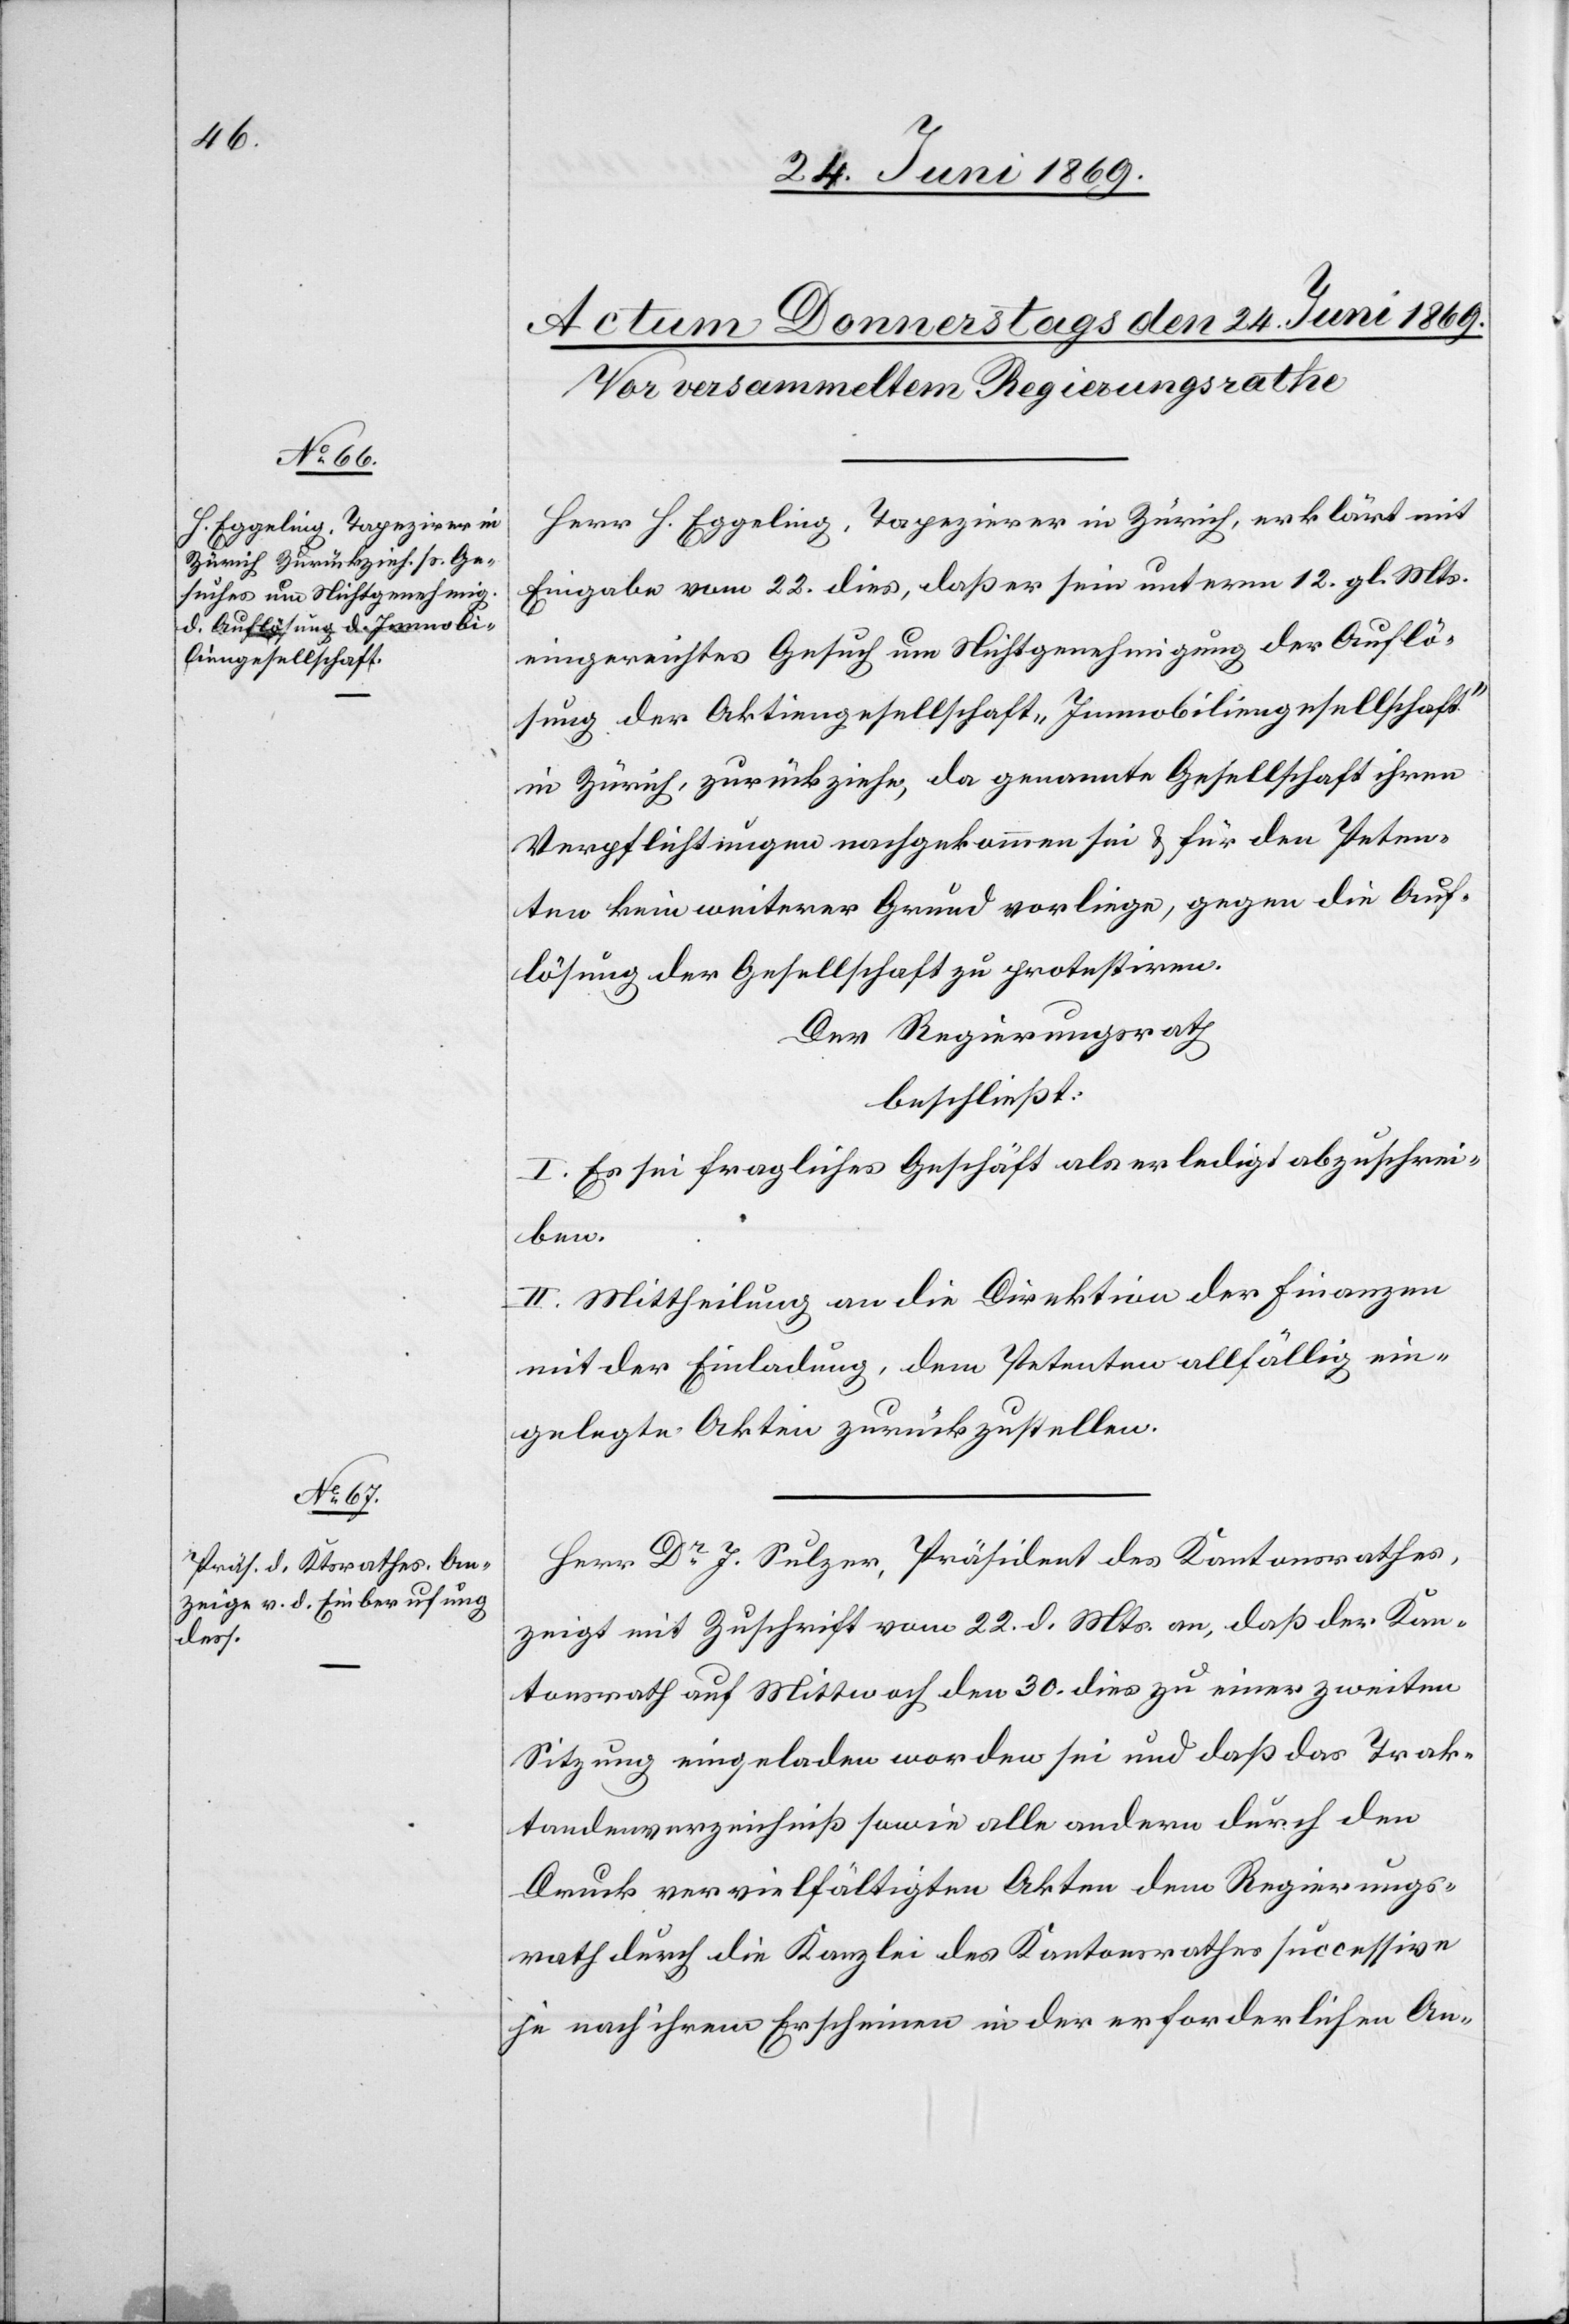
Herr. H. Eggeling, Tapezierer in Zürich, erklärt mit
Eingabe vom 22. dies, daß er sein unterm 12. gl. Mts.
eingereichtes Gesuch um Nichtgenehmigung der Auflö¬
sung der Aktiengesellschaft „Immobiliengesellschaft“
in Zürich, zurückziehe, da genannte Gesellschaft ihren
Verpflichtungen nachgekommen sei u. für den Peten¬
ten kein weiterer Grund vorliege, gegen die Auf¬
lösung der Gesellschaft zu protestiren.
Der Regierungsrath
beschließt:
I. Es sei fragliches Geschäft als erledigt abzuschrei¬
ben.
II. Mittheilung an die Direktion der Finanzen
mit der Einladung, dem Petenten allfällig ein¬
gelegte Akten zurückzustellen.
Herr Dr J. Sulzer, Präsident des Kantonsrathes,
zeigt mit Zuschrift vom 22 d. Mts. an, daß der Kan¬
tonsrath auf Mittwoch den 30 dies zu einer zweiten
Sitzung eingeladen worden sei und daß das Trak¬
tandenverzeichniß sowie alle andern durch den
Druck vervielfältigten Akten dem Regierungs¬
rath durch die Kanzlei des Kantonsrathes successive
je nach ihren Erscheinen in der erforderlichen An-